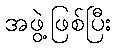
အဖွဲ့ဖြစ်ပြီး